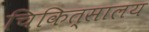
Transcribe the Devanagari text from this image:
चिकित्‍सालय